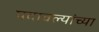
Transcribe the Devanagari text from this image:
पदावल्यांच्या